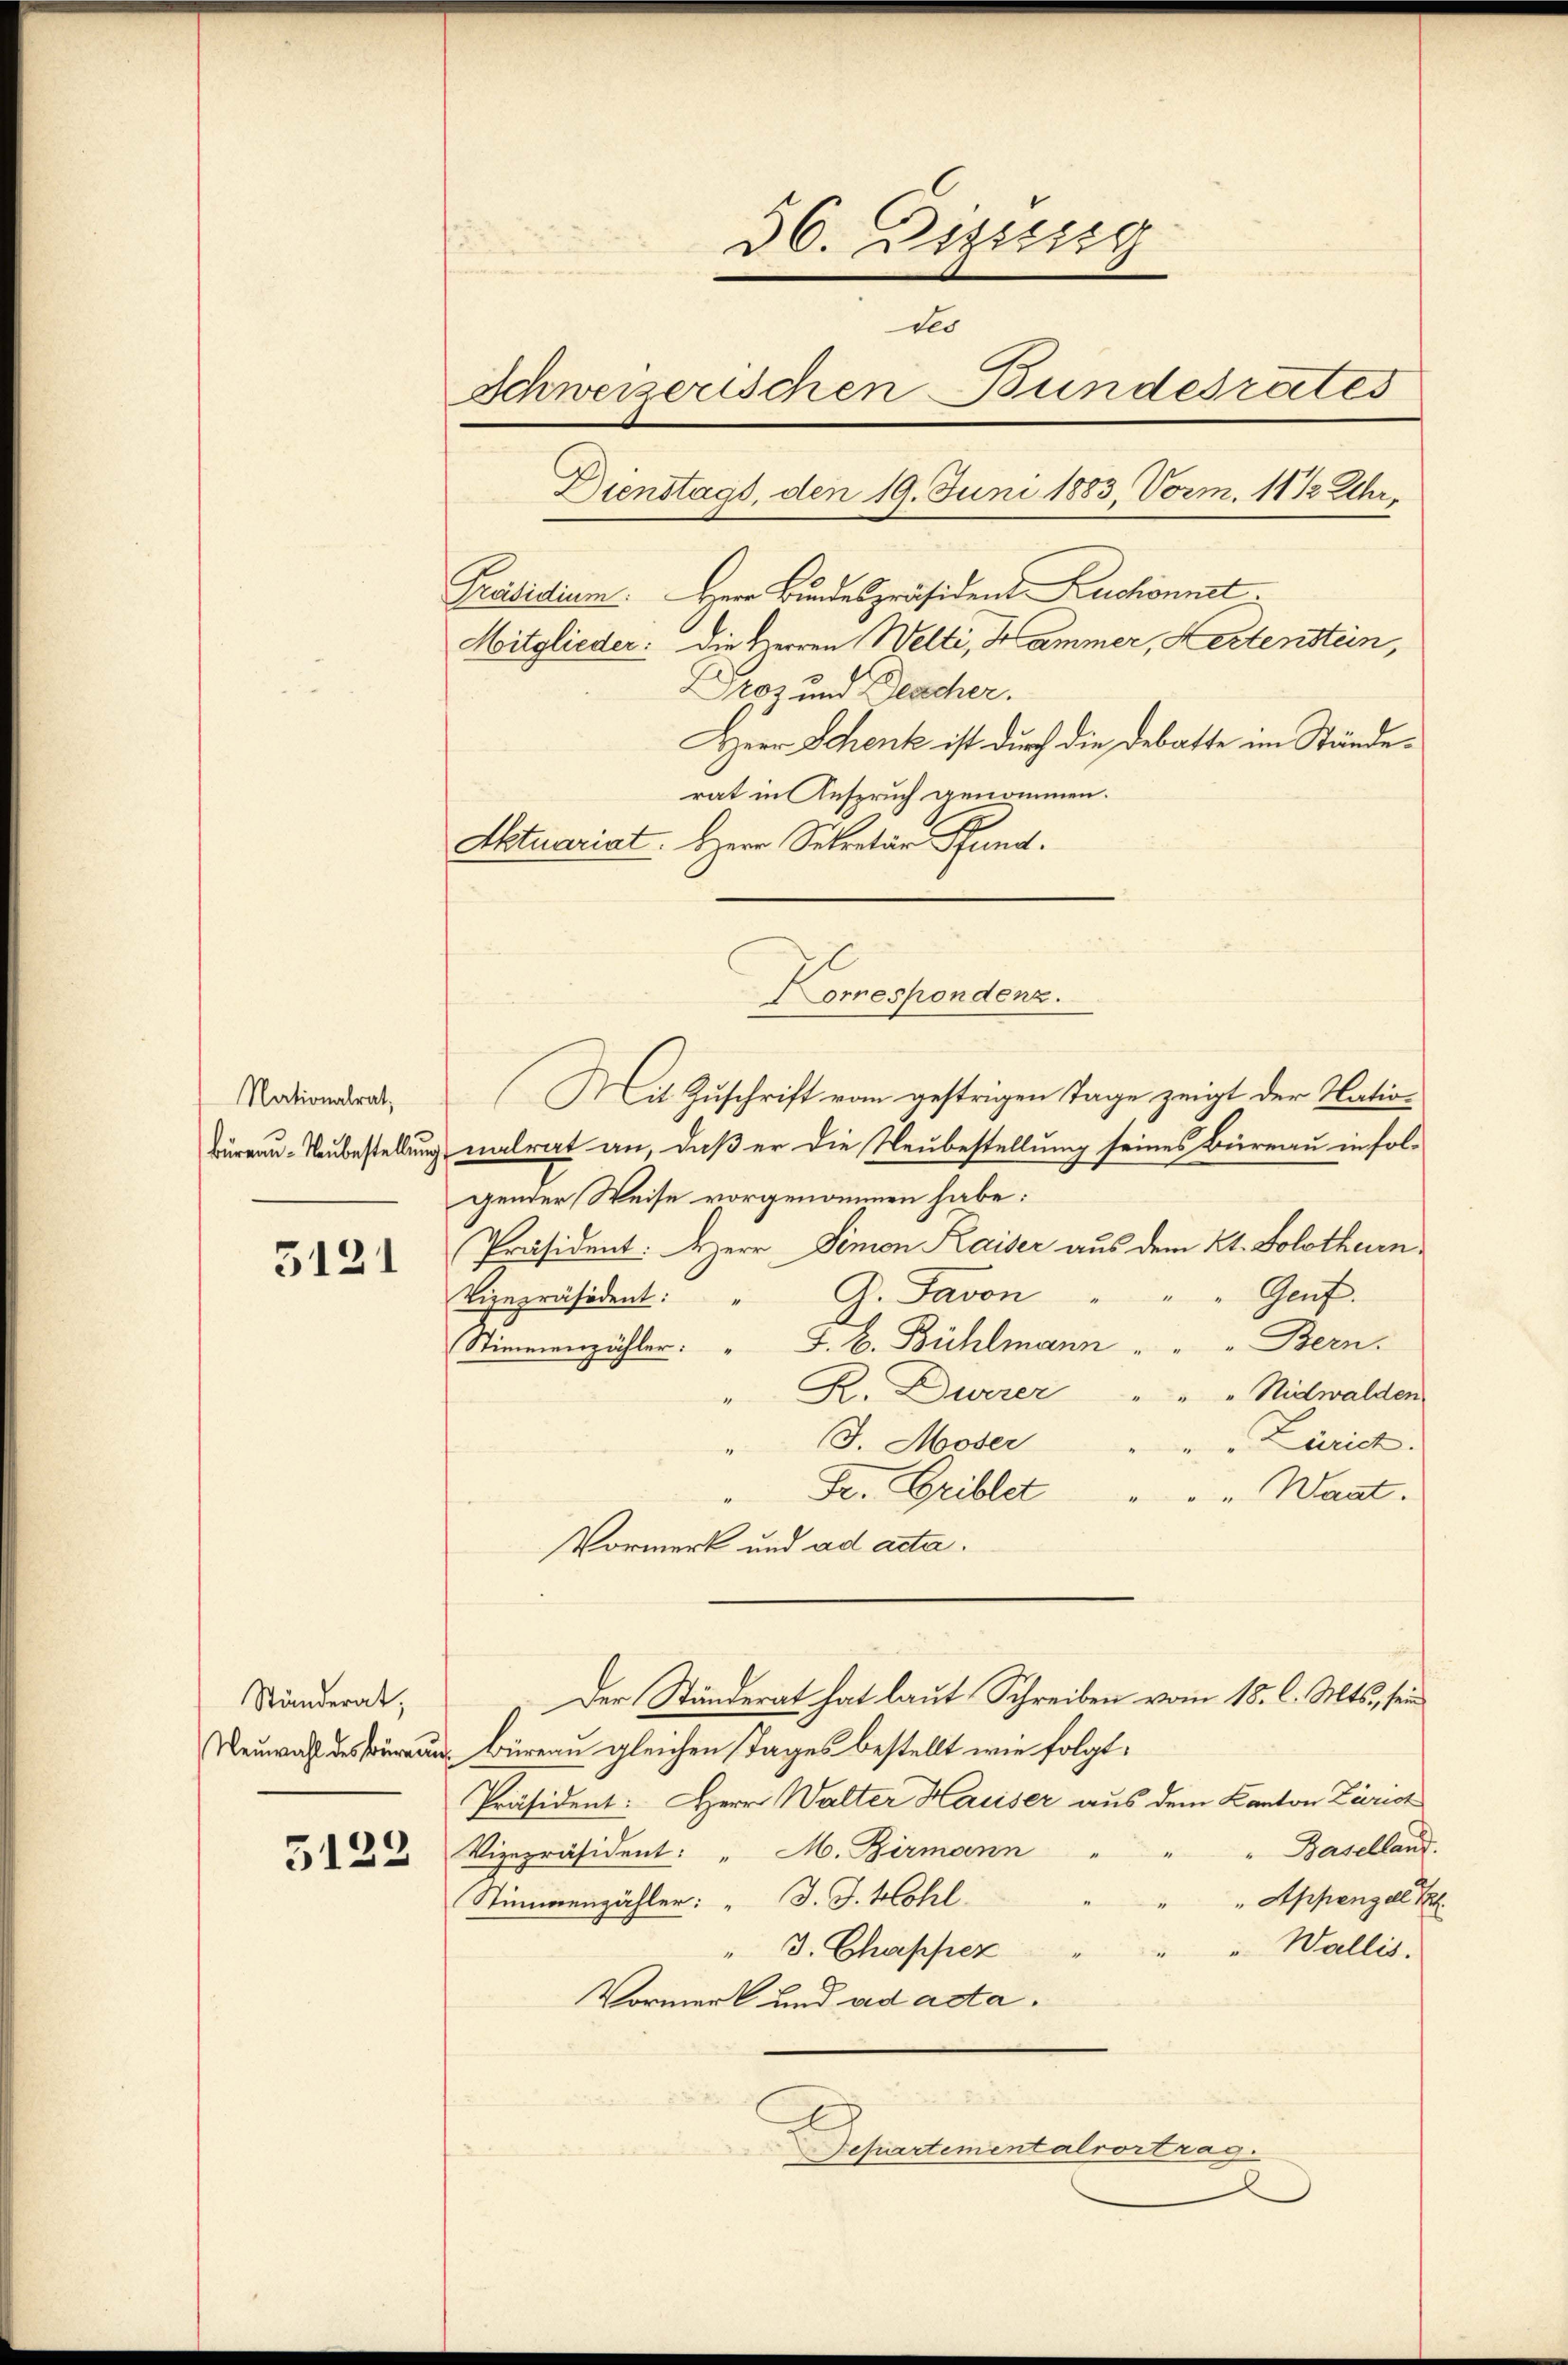
Nationalrat,
büreau- Neubestellung

3121

Ständerat,

5122

36. Dezzirg
tes
Schweizerischen Bundesrates
Dienstags, den 19. Juni 1883, Vorm. 11 1/2 Uhr,
Herr Bundespräsident Kuchonnet.
Präsidium.
Mitglieder: die Herren Welti, Kammer, Festenstein,
roz und Beacher.
Herr Schenk ist durch die Debatte im Ständerat in Anspruch genommen.
Aktuariat. Herr Sekretär Rundorrespondenz.

Mit Zuschrift vom gestrigen Tage zeigt der Nation
nalrat an, daß er die Neubestellung seines Büreau in fol-
gender Weise vorgenommen habe:
Präsident: Herr, Simon Kaiser aus dem Kt. Solothurn,
Genf
Vizepräsident. G. Favon
Stimmenzähler. " J. H. Bühlmann " " " Bern.
R. Durrer
"" Nidwalden
J. Moser
Zürich.
Fr. Griblet " " " Waat.
Vormerk und ad acta.
Der Ständerat hat laut Schreiben vom 18. l. Mts., sein
e Büreau gleichen Tages bestellt wie folgt:
Präsident: Herr Walter Hauser aus dem Kanton Zürich
" Baselland.
Vizepräsident: " M. Birmann
" " Appenzell T
Stimmenzähler: " J. J. Hohl.
" Wallis.
" 3. Chappez
Vormerk und ad acta.
Departementalvortrag.